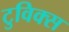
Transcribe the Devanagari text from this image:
टुविक्स